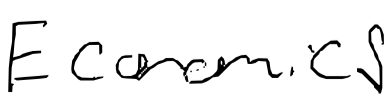
Text: Economics
Cross-out: clean
Writing tool: digital_black